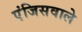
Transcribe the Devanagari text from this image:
एंजिसवाले